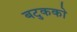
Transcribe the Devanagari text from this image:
बटुकको